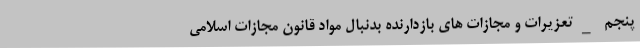
پنجم _تعزیرات و مجازات های بازدارنده بدنبال مواد قانون مجازات اسلامی